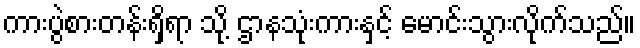
ကားပွဲစားတန်းရှိရာ သို့ ဌာနသုံးကားနှင့် မောင်းသွားလိုက်သည်။